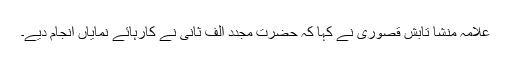
علامہ منشا تابش قصوری نے کہا کہ حضرت مجدد الف ثانیؒ نے کارہائے نمایاں انجام دیے۔